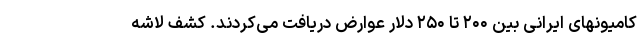
کامیونهای ایرانی بین ۲۰۰ تا ۲۵۰ دلار عوارض دریافت می‌کردند. کشف لاشه